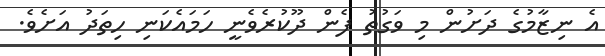
އެ ނިޒާމުގެ ދަށުން މި ވަގުތު ފެން ދޫކުރެވެނީ ހަމައެކަނި ހިތަދު އަށެވެ.